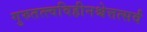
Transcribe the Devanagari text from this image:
गुरुतत्त्वविहीनश्चेत्तत्सर्वं